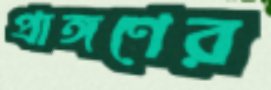
প্রাঙ্গণের